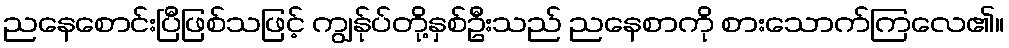
ညနေစောင်းပြီဖြစ်သဖြင့် ကျွန်ုပ်တို့နှစ်ဦးသည် ညနေစာကို စားသောက်ကြလေ၏။